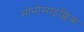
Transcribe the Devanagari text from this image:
मोनोसाइक्लिक